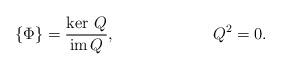
LaTeX: \begin{align*}\{\Phi\} = \frac{\ker \, Q}{ {\hbox{\rm im}}\,Q},\qquad\qquad\qquad Q^2=0.\end{align*}